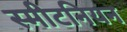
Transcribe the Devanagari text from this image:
स्मीटनियन